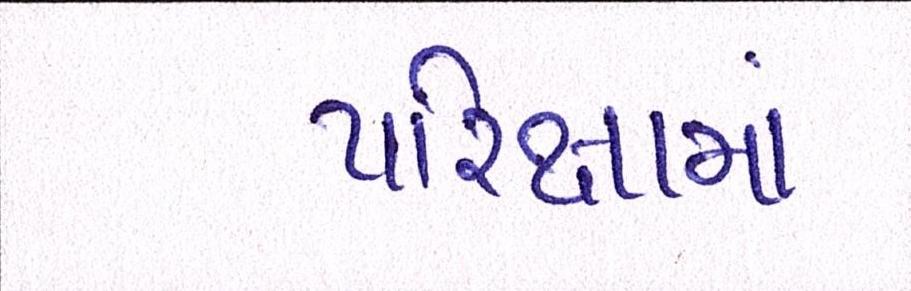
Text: પરિક્ષામાં